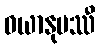
ဝယာနုပဿီ